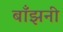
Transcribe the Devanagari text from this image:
बाँझनी